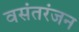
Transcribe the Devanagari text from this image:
वसंतरंजन